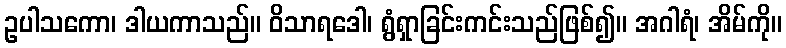
ဥပါသကော၊ ဒါယကာသည်။ ဝိသာရဒေါ၊ ရွံရှာခြင်းကင်းသည်ဖြစ်၍။ အဂါရံ၊ အိမ်ကို။